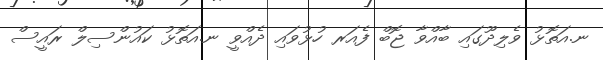
ނ.އަތޮޅު ވެލިދޫގައި ބާއްވާ ޖޮބް ފެއަރ ހުޅުވައި ދެއްވީ ނ.އަތޮޅު ކައުންސިލް ރައީސް